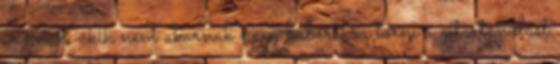
vannak, akik nem akarnak nagy babérokra törni a gitártanulást